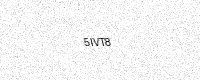
Text: 5IVT8